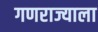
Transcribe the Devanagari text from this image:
गणराज्याला